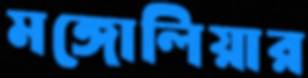
মঙ্গোলিয়ার